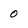
Character: 0